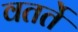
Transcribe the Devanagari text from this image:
वतर्ते